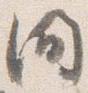
間